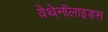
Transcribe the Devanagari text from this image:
वेथेनॉलाइड्स